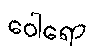
ဝေါရော